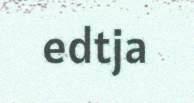
edtja